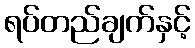
ရပ်တည်ချက်နှင့်